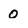
Character: 0